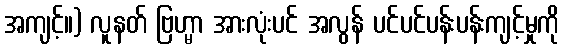
အကျင့်။) လူနတ် ဗြဟ္မာ အားလုံးပင် အလွန် ပင်ပင်ပန်းပန်းကျင့်မှုကို